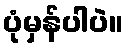
ပုံမှန်ပါပဲ။